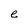
Character: e